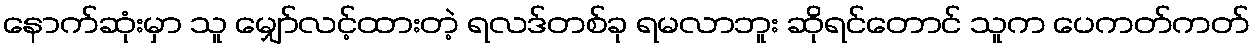
နောက်ဆုံးမှာ သူ မျှော်လင့်ထားတဲ့ ရလဒ်တစ်ခု ရမလာဘူး ဆိုရင်တောင် သူက ပေကတ်ကတ်